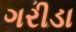
ગરીડા